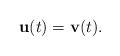
LaTeX: \begin{align*} \mathbf u(t) = \mathbf v(t) .\end{align*}